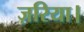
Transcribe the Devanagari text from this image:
ज़रिया।